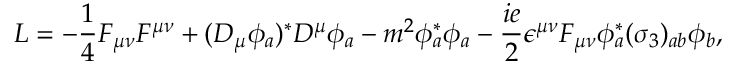
{ \cal L } = - { \frac { 1 } { 4 } } F _ { \mu \nu } F ^ { \mu \nu } + ( D _ { \mu } \phi _ { a } ) ^ { * } D ^ { \mu } \phi _ { a } - m ^ { 2 } \phi _ { a } ^ { * } \phi _ { a } - { \frac { i e } { 2 } } \epsilon ^ { \mu \nu } F _ { \mu \nu } \phi _ { a } ^ { * } ( \sigma _ { 3 } ) _ { a b } \phi _ { b } ,